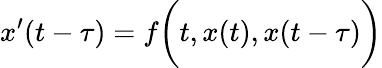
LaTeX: x^{\prime}(t-\tau)=f{\biggl(}t,x(t),x(t-\tau){\biggr)}